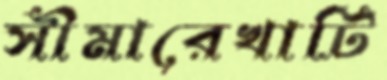
সীমারেখাটি